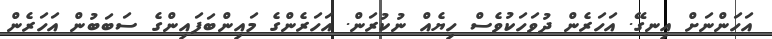
އަހަންނަށް އިނގޭ. އަހަރެން ދުވަހަކުވެސް ހިޔެއް ނުކުރަން. އަހަރެންގެ މައިންބަފައިންގެ ސަބަބުން އަހަރެން